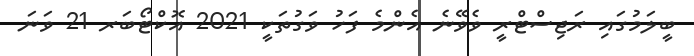
ބީލަމުގައި ރަޖިސްޓްރީ ވެވޭނެ އެންމެ ފަހު ވަގުތަކީ 2021 އޮކްޓޯބަރ 21 ވަނަ